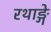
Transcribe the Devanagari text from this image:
रथाङ्गे